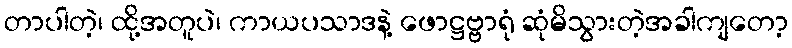
တာပါတဲ့၊ ထို့အတူပဲ၊ ကာယပသာဒနဲ့ ဖောဋ္ဌဗ္ဗာရုံ ဆုံမိသွားတဲ့အခါကျတော့